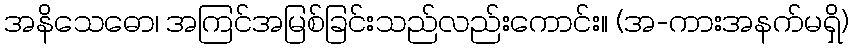
အနိသေဓော၊ အကြင်အမြစ်ခြင်းသည်လည်းကောင်း။ (အ-ကားအနက်မရှိ)